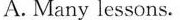
A. Many lessons.